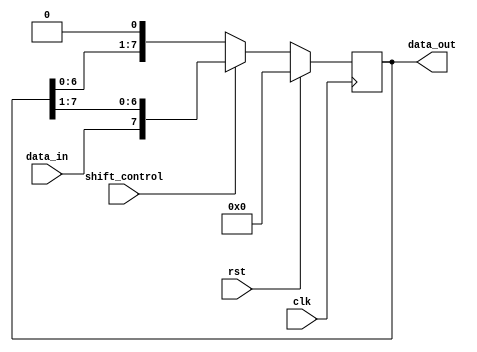
module pipo_shift_register (
    input wire clk,          // Clock signal
    input wire rst,          // Reset signal
    input wire shift_control, // Shift control signal
    input wire data_in,      // Input data to be loaded into the register
    output reg [7:0] data_out // Output data from the register
);

reg [7:0] reg_data;         // Register to hold the data

always @(posedge clk) begin
    if (rst) begin
        reg_data <= 8'b0;   // Reset the register data
    end else begin
        if (shift_control) begin
            // Shift data in
            reg_data <= {data_in, reg_data[7:1]};
        end else begin
            // Shift data out
            reg_data <= {reg_data[6:0], 1'b0};
        end
    end
end

assign data_out = reg_data;

endmodule